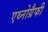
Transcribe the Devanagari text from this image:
एथ्नोग्रैफी